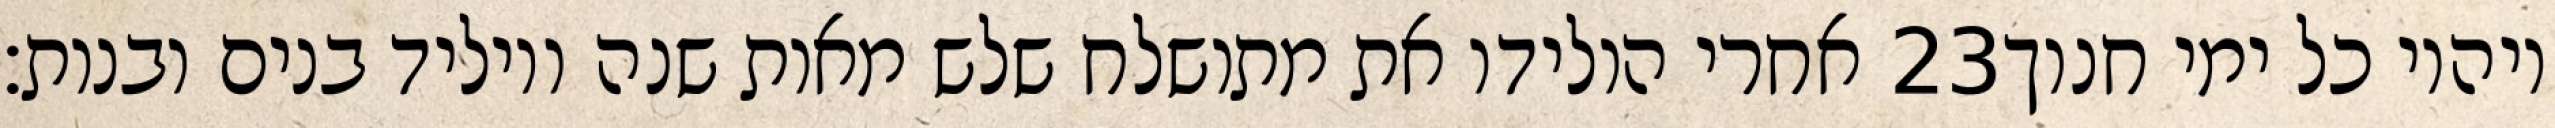
אחרי הולידו את מתושלח שלש מאות שנה ויוליד בנים ובנות׃ ‎23‏ ויהיו כל ימי חנוך